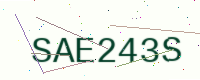
Text: SAE243S